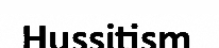
Hussitism